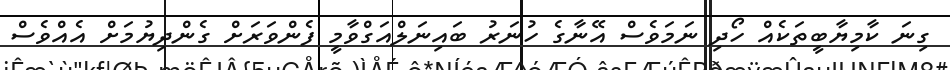
ގިނަ ކާމިޔާބީތަކެއް ހޯދި ނަމަވެސް އޭނާގެ ހުނަރު ބައިނަލްއަގްވާމީ ފެންވަރަށް ގެންދިޔުމަށް އެއްވެސް